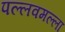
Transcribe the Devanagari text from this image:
पल्लवमल्ला